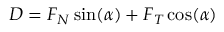
D = F _ { N } \sin ( \alpha ) + F _ { T } \cos ( \alpha )